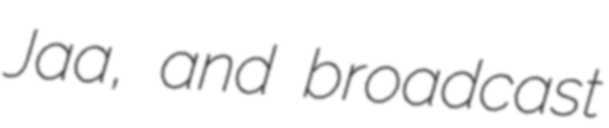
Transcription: Jaa, and broadcast